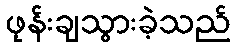
ဖုန်းချသွားခဲ့သည်